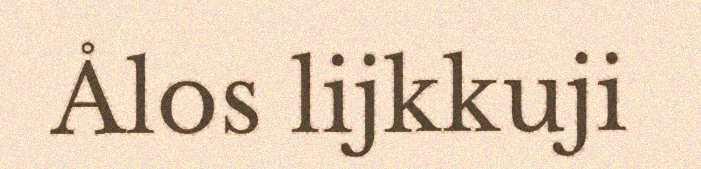
Ålos lijkkuji